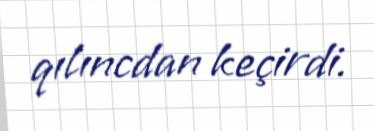
qılıncdan keçirdi.